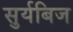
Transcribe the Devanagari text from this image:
सुर्यबिज